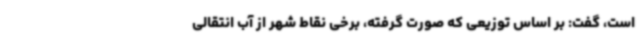
است، گفت: بر اساس توزیعی که صورت گرفته، برخی نقاط شهر از آب انتقالی